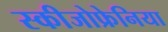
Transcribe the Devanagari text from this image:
स्कीजोफ्रेनिया